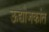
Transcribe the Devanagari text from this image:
ऊद्योजकांत